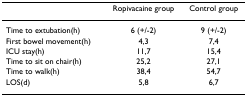
<table><thead><tr><td></td><td><b>Ropivacaine group</b></td><td><b>Control group</b></td></tr></thead><tbody><tr><td>Time to extubation(h)</td><td>6 (+/-2)</td><td>9 (+/-2)</td></tr><tr><td>First bowel movement(h)</td><td>4,3</td><td>7,4</td></tr><tr><td>ICU stay(h)</td><td>11,7</td><td>15,4</td></tr><tr><td>Time to sit on chair(h)</td><td>25,2</td><td>27,1</td></tr><tr><td>Time to walk(h)</td><td>38,4</td><td>54,7</td></tr><tr><td>LOS(d)</td><td>5,8</td><td>6,7</td></tr></tbody></table>